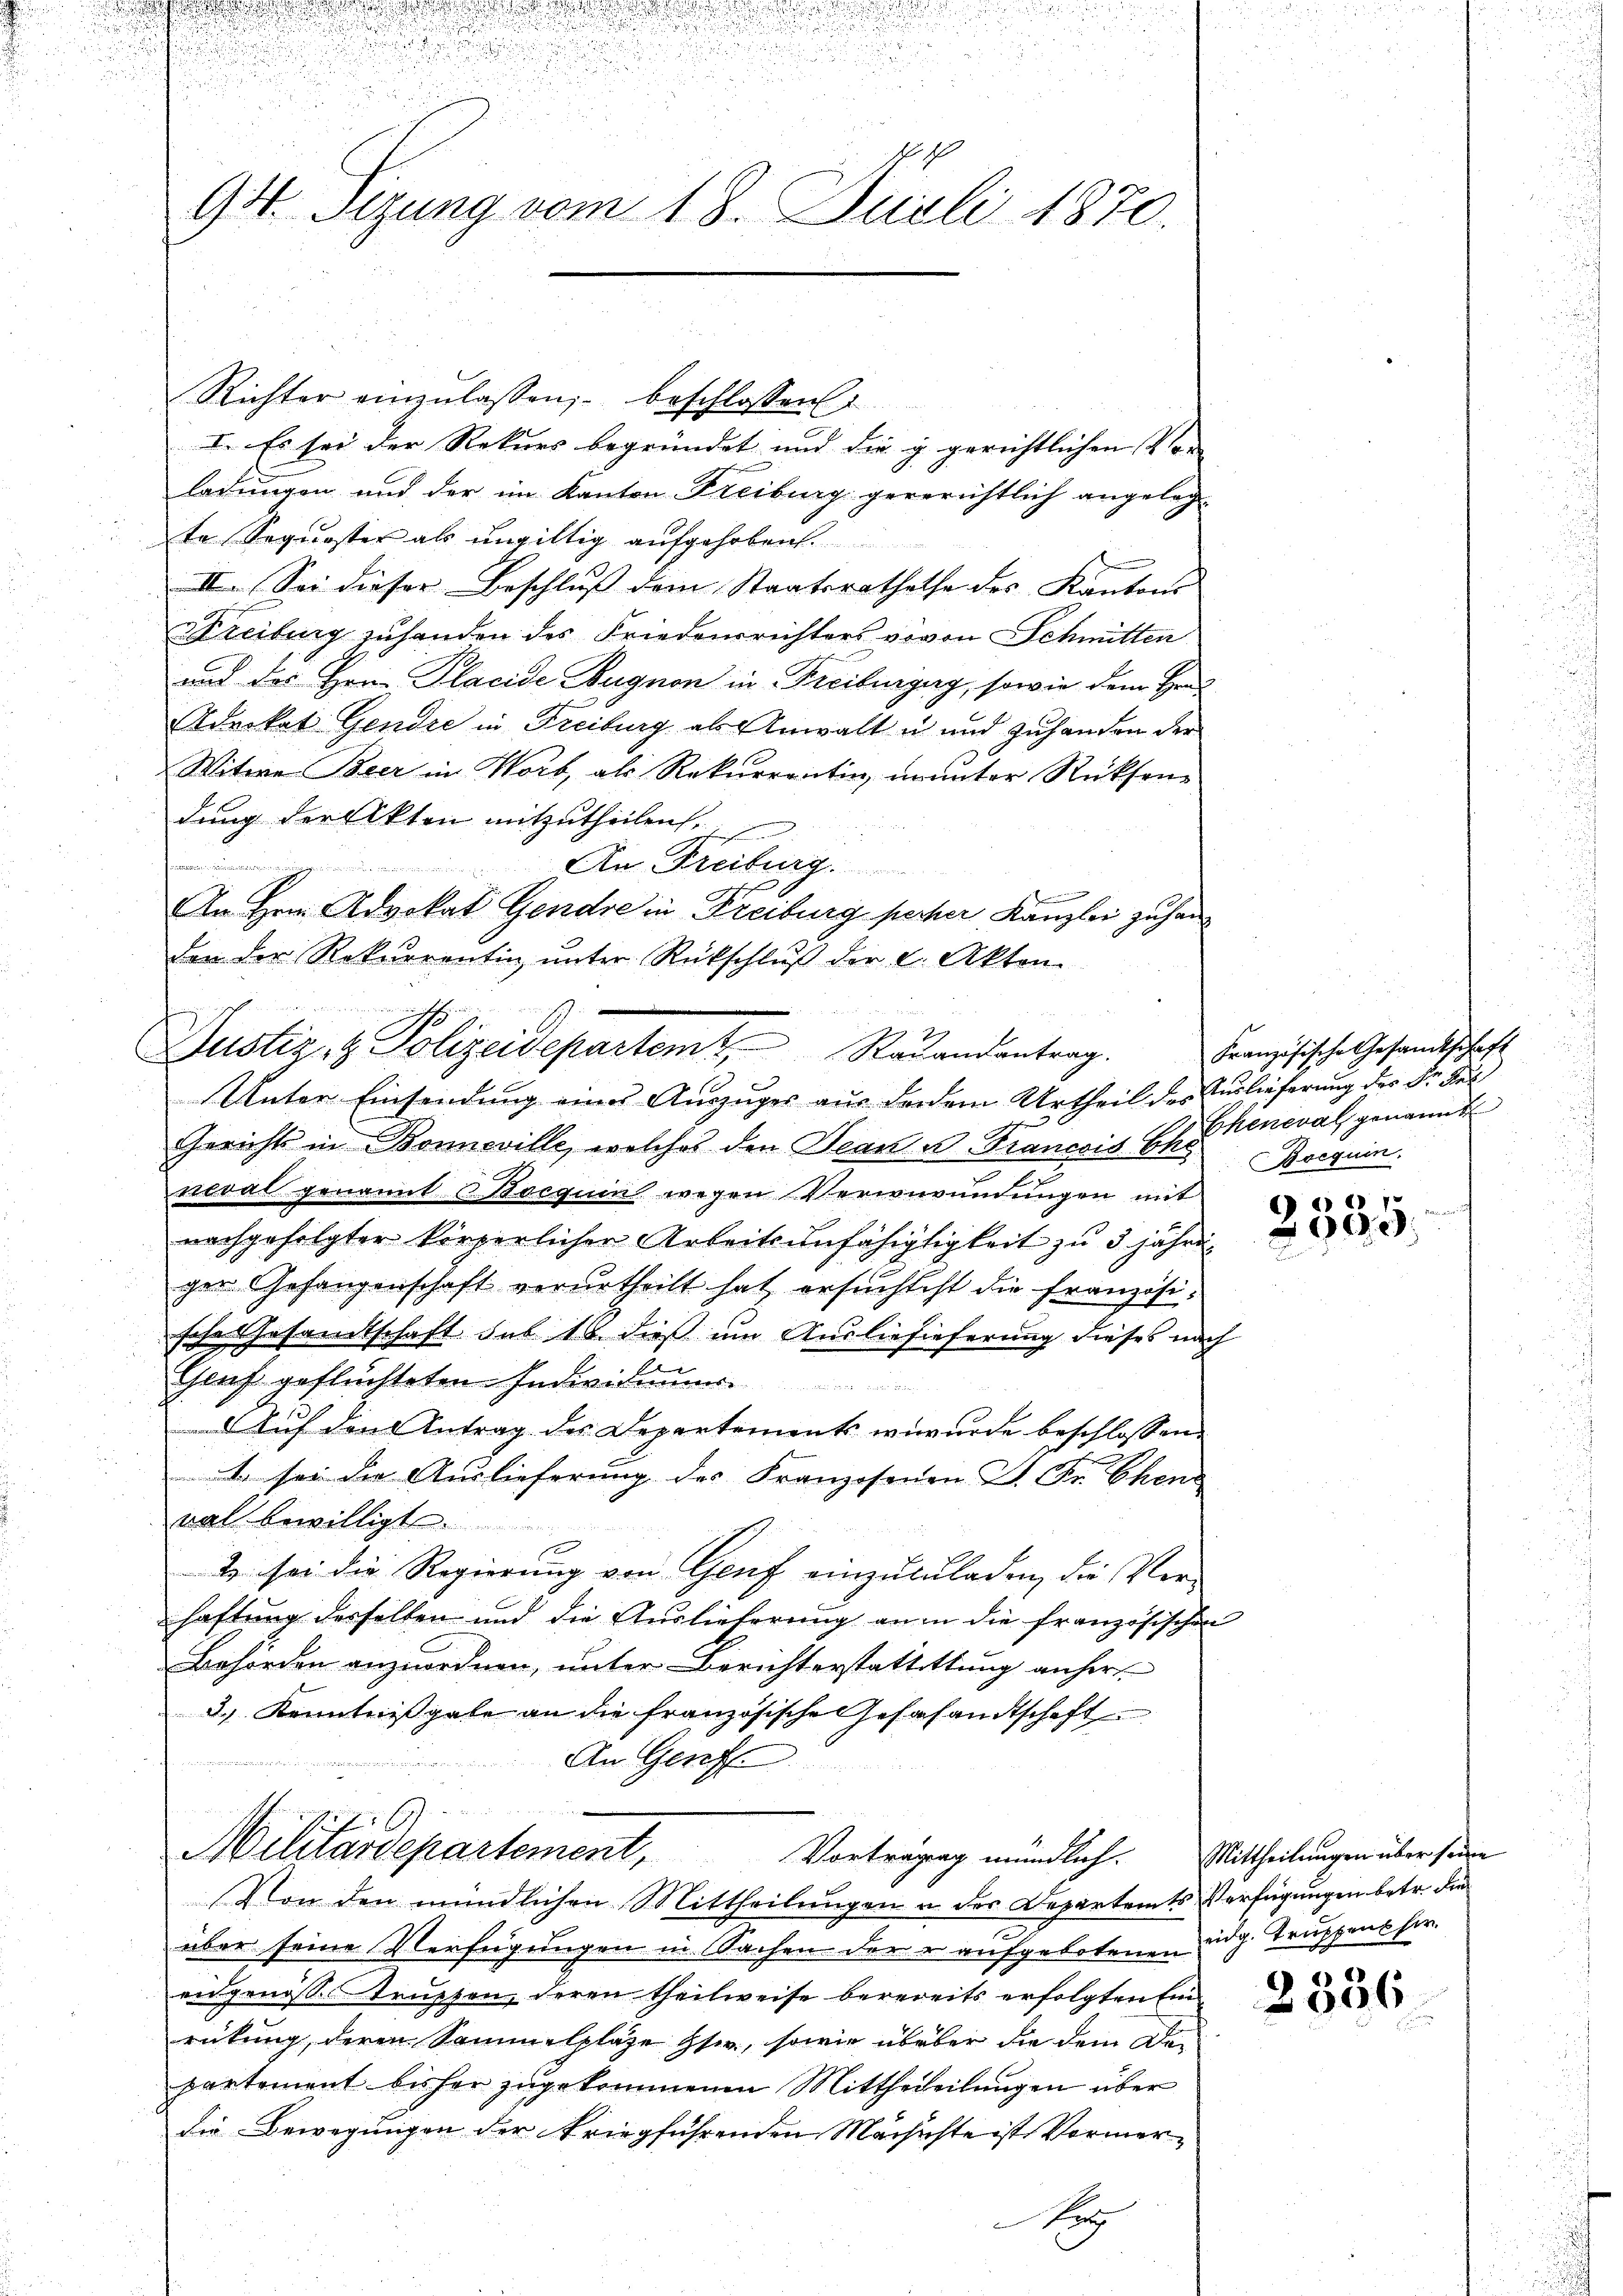
u

.

.

un
94. Sizung vom 18. Juli 1870.

Richter einzŭlassen, beschlossen:
I. Es sei der Rekurs begründet und die g gerichtlichen Vor- |

s

ladungen und der im Kanton Freiburg gegerichtlich angelegte Sequester als ungültig aufgehoben.
II. Sei dieser Beschluß dem Staatsrathethe des Kantons-
Kreiburg zuhanden des Friedensrichters wovon Schmitten
und des Hrn. Placide Augnon in Freiburgerg, sowie dem Her
Advokat Gendre in Freiburg als Anwalt u und zuhanden der
Witwe Beer im Worb, als Rekurrentin ununter Rücksendung der Akten mitzutheilen
aient die wie dann anden
An Freiburg.
An Hrn. Advokat Gendre in Freiburg perher Kanzlei zuhan
den der Rekurrentin ŭnter Rückschlŭβ der l. Akton

 |

Justiz- & Polizeidepartem Ragandantrag.

Militärdepartement,
Vortragung mündlich. Mittheilungen über seine
Von den mündlichen Mittheilungen u. der Departamts Verfügungen betr. die

über seine Verfügungen in Sachen der r aufgebotenen idg. Truppens herengenosse trupten, deren theilweise berereits erfolgten Einrückung, deren Sammelplaze Iser, sowie überber die dem Departement bisher zugekommenen Mittheteilungen über
die Bewegungen der kriegführenden Mächichte ist Vormer¬
A

Unter Einsendung eines Auszuges aus derem Urtheil des Auslieferung der Dr. des
Gerichts in Bonneville, welches den Jean u. Francois E. Scheneval genannt
neval genannt Bocquin wegen Verwerundungen mit
nachgefolgter körperlicher Arbeitsunfähigtigkeit zu 3 jährig
ger Gefangenschaft verurtheilt hat ersuchtest die Französische Gesandtschaft sub 16. dieß um Ausliefieferung dieses nach
Genf geflüchteten Individuums
d Auf den Antrag des Departements wurde beschlossene
1 sei die Auslieferung des Franzosenen D. Fr. Ehen
mal bewilligt.
2 sei die Regierung von Genf einzuzuladen, die Ver-
haftung desselben und die Auslieferung an in die französischen
Behörden anzuordnen, unter Berichterstattittung anhers-
3.) Kenntnißgabe an die französische Gesesandtschaft
An Genf

Französische Gesandtschaft
Bocquin

2535.

2336